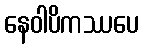
နေဝါပိကဿပေ